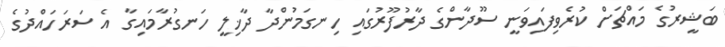
ބަޝީރުގެ މައްޗަށް ކުރެވިފައިވަނީ ސޫދާންގެ ދާރުފޫރުގައި ހިނގަމުންދާ ދާޚިލީ ހަނގުރާމައިގާ އެ ސަރަހައްދުގެ